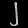
Digit: ၂